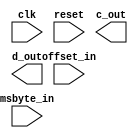

// Created by David Guillen Fandos
// david@davidgf.net
// You may use it as long as you share the sources

`timescale 1ns / 1ps

module md5_top(
	input         clk,
	input         reset,

	input  [ 5:0] offset_in,  // 6 bit offset to update
	input  [ 7:0] msbyte_in,  // 8 bit byte to overwrite

	// Only output the 64 LSB for the hash, since we assume
	// the number of collisions (false positives) is going to be very
	// low (2^-64 * hashrate) even at large hashrates (~1GH/sec)
	// We save one stage doing so (we could output A for 96b output at same cost)
	output [31:0] c_out,      // 32 bit C
	output [31:0] d_out       // 32 bit D
);

endmodule